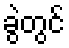
ခွဲတွင်